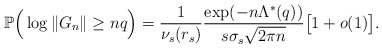
\begin{align*}\mathbb{P} \Big( \log \|G_n \| \geq n q \Big)= \frac{1}{\nu_s(r_s)} \frac{ \exp(- n\Lambda^{*}(q)) }{ s\sigma_{s}\sqrt{2\pi n} } \big[ 1 + o(1) \big]. \end{align*}